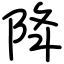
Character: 降